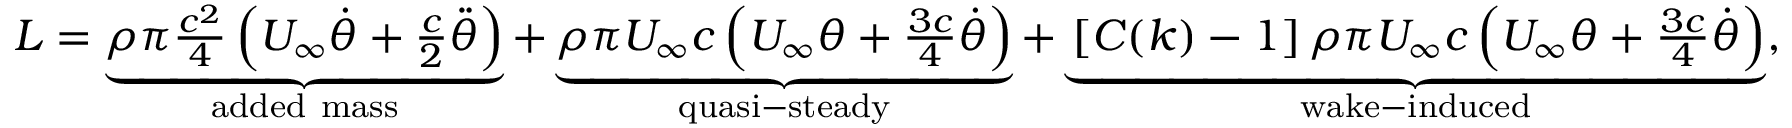
\begin{array} { r } { L = \underbrace { \rho \pi \frac { c ^ { 2 } } { 4 } \left( U _ { \infty } \dot { \theta } + \frac { c } { 2 } \ddot { \theta } \right) } _ { \mathrm { a d d e d ~ m a s s } } + \underbrace { \rho \pi U _ { \infty } c \left( U _ { \infty } \theta + \frac { 3 c } { 4 } \dot { \theta } \right) } _ { \mathrm { q u a s i - s t e a d y } } + \underbrace { \left[ C ( k ) - 1 \right] \rho \pi U _ { \infty } c \left( U _ { \infty } \theta + \frac { 3 c } { 4 } \dot { \theta } \right) } _ { \mathrm { w a k e - i n d u c e d } } , } \end{array}